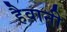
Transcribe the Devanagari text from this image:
हैवानी